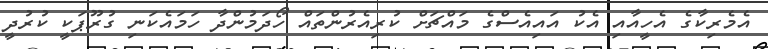
އެމެރިކާގެ އެހީއާއި އެކު އައިއެސްގެ މައްޗަށް ކުރިއެރުންތައް ހޯދަމުންދާ ހަމައެކަނި ގުރޫޕަކީ ކުރުދީ